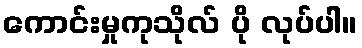
ကောင်းမှုကုသိုလ် ပို လုပ်ပါ။